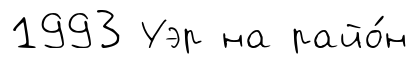
1993 Уэр на райо́н